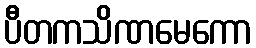
ပီတကသိဏမေကော